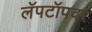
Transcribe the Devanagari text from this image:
लॅपटॉपवर